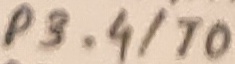
Text: P3.4/T0